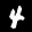
Label: 4